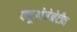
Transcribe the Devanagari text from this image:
फ्यूओजेनेटीन